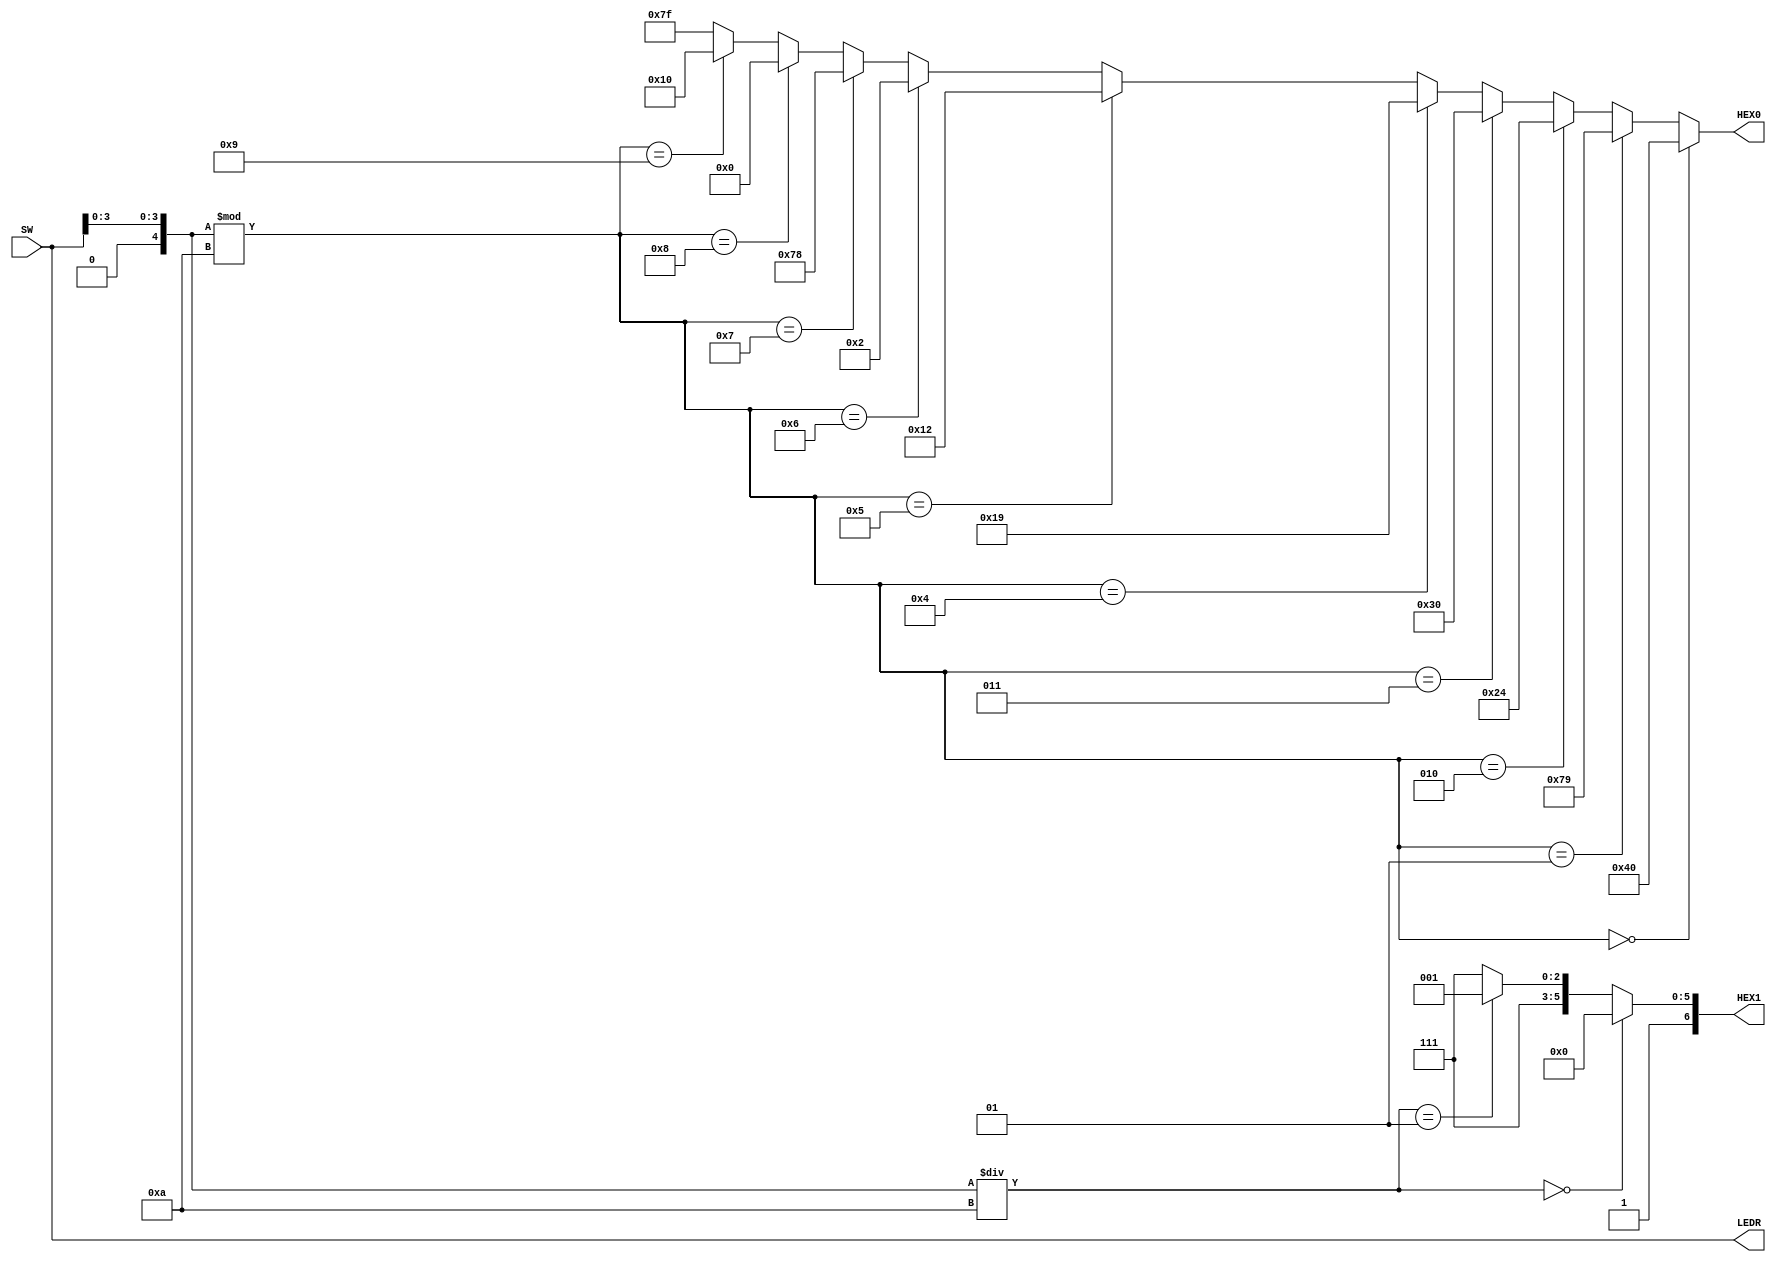
`define BLANK 7'b1111111
`define ZERO 7'b1000000
`define ONE 7'b1111001
`define TWO 7'b0100100
`define THREE 7'b0110000
`define FOUR 7'b0011001
`define FIVE 7'b0010010
`define SIX 7'b0000010
`define SEVEN 7'b1111000
`define EIGHT 7'b0000000
`define NINE 7'b0010000

//This program converts a four bit binary number into its respective decimal number, and displays it on
//the first two HEX displays.
module Lab22 (SW, LEDR, HEX0, HEX1);

input [17:0]SW;
output [17:0]LEDR;
output [6:0]HEX0;
output [6:0]HEX1;
assign LEDR = SW;

integer number = 0;
wire [3:0]numberFromSwitches;
assign numberFromSwitches[3:0] = SW[3:0];

assign HEX0 = ((number % 10) == 0)?`ZERO: // 0
				  ((number % 10) == 1)?`ONE: // 1
				  ((number % 10) == 2)?`TWO: // 2
				  ((number % 10) == 3)?`THREE: // 3
				  ((number % 10) == 4)?`FOUR: // 4
				  ((number % 10) == 5)?`FIVE: // 5
				  ((number % 10) == 6)?`SIX: // 6
				  ((number % 10) == 7)?`SEVEN: // 7
				  ((number % 10) == 8)?`EIGHT: // 8
			     ((number % 10) == 9)?`NINE: // 9
				   `BLANK; // BLANK

assign HEX1 = (number/10 == 0)?`ZERO: // 0
				  (number/10 == 1)?`ONE: // 1
				   `BLANK; // BLANK

always @(numberFromSwitches)
begin
	number = numberFromSwitches;
end
		
endmodule